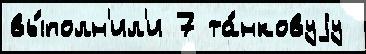
вы́полн'ил'и 7 та́нковуjу